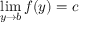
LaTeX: \operatorname* { l i m } _ { y \to b } f ( y ) = c